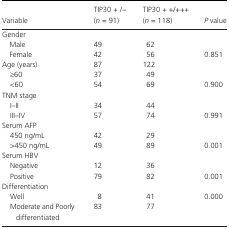
<table><thead><tr><td><b>Variable</b></td><td><b>TIP30 + /− (<i>n</i> = 91)</b></td><td><b>TIP30 + +/+++(<i>n</i> = 118)</b></td><td><b><i>P</i> value</b></td></tr></thead><tbody><tr><td colspan="4">Gender</td></tr><tr><td> Male</td><td>49</td><td>62</td><td></td></tr><tr><td> Female</td><td>42</td><td>56</td><td>0.851</td></tr><tr><td>Age (years)</td><td>87</td><td>122</td><td></td></tr><tr><td>≥60</td><td>37</td><td>49</td><td></td></tr><tr><td>&lt;60</td><td>54</td><td>69</td><td>0.900</td></tr><tr><td colspan="4">TNM stage</td></tr><tr><td>I–II</td><td>34</td><td>44</td><td></td></tr><tr><td>III–IV</td><td>57</td><td>74</td><td>0.991</td></tr><tr><td colspan="4">Serum AFP</td></tr><tr><td>450 ng/mL</td><td>42</td><td>29</td><td></td></tr><tr><td>&gt;450 ng/mL</td><td>49</td><td>89</td><td>0.001</td></tr><tr><td colspan="4">Serum HBV</td></tr><tr><td>Negative</td><td>12</td><td>36</td><td></td></tr><tr><td>Positive</td><td>79</td><td>82</td><td>0.001</td></tr><tr><td colspan="4">Differentiation</td></tr><tr><td>Well</td><td>8</td><td>41</td><td>0.000</td></tr><tr><td>Moderate and Poorly differentiated</td><td>83</td><td>77</td><td></td></tr></tbody></table>